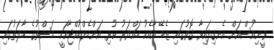
ވީނިއުސްއަށް އެނގިފައިވާ ގޮތުގައި ޒެޑޭ އާއެކު ހައްޔަރު ކުރި އަންހެންކުއްޖާއަކީ މަސްތުގެ ހާލަތުގައި